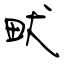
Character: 畎